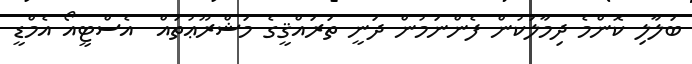
ބަލާލި ކޮންމެ ދިމާލަކުން ފެންނަމުން ދަނީ ތަރައްޤީގެ މަޝްރޫޢުތައް  އެސްޓީއޯ އެމްޑީ